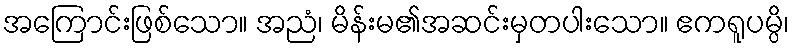
အကြောင်းဖြစ်သော။ အညံ၊ မိန်းမ၏အဆင်းမှတပါးသော။ ဧကရူပမ္ပိ၊